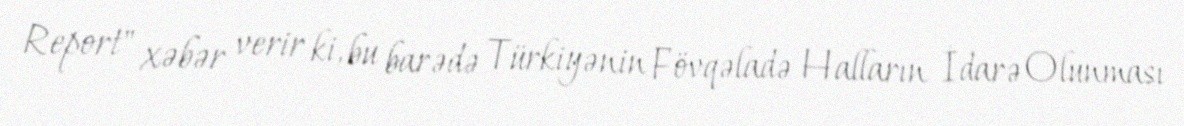
Report" xəbər verir ki, bu barədə Türkiyənin Fövqəladə Halların İdarə Olunması